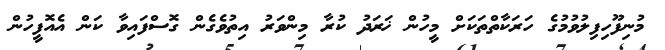
މުނިފޫހިފިލުވުމުގެ ހަރަކާތްތަކަށް މީހުން ޚަރަދު ކުރާ މިންވަރު އިތުވެގެން ގޮސްފައިވާ ކަން އެއޮފީހުން